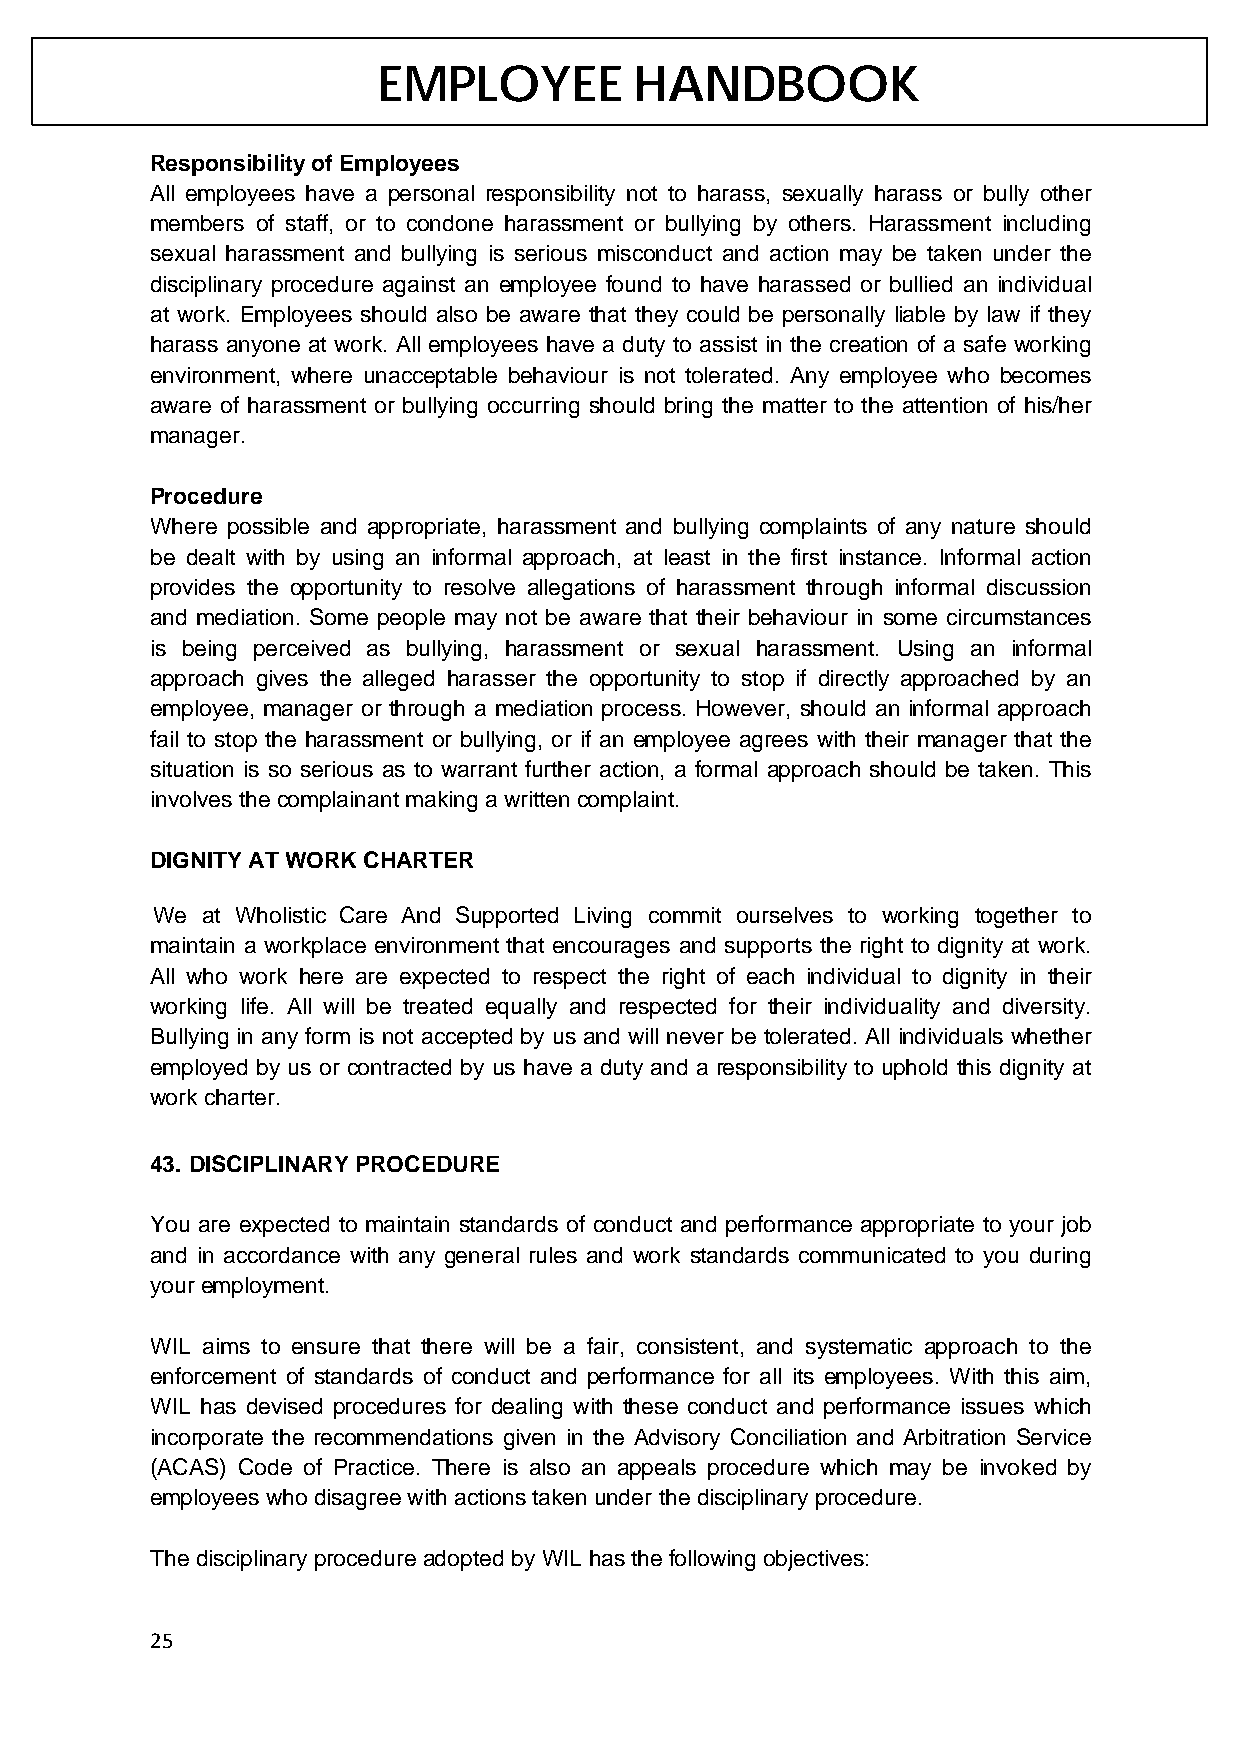
EMPLOYEE         HANDBOOK
 Responsibility of Employees
 All employees have a personal responsibility not to harass, sexually harass or bully other
 members of staff, or to condone harassment or bullying by others. Harassment including
 sexual harassment and bullying is serious misconduct and action may be taken under the
 disciplinary procedure against an employee found to have harassed or bullied an individual
 at work. Employees should also be aware that they could be personally liable by law if they
 harass anyone at work. All employees have a duty to assist in the creation of a safe working
 environment, where unacceptable behaviour is not tolerated. Any employee who becomes
 aware of harassment or bullying occurring should bring the matter to the attention of his/her
 manager.
 Procedure
 Where possible and appropriate, harassment and bullying complaints of any nature should
 be dealt with by using an informal approach, at least in the first instance. Informal action
 provides the opportunity to resolve allegations of harassment through informal discussion
 and mediation. Some people may not be aware that their behaviour in some circumstances
 is being perceived as bullying, harassment or sexual harassment. Using an informal
 approach gives the alleged harasser the opportunity to stop if directly approached by an
 employee, manager or through a mediation process. However, should an informal approach
 fail to stop the harassment or bullying, or if an employee agrees with their manager that the
 situation is so serious as to warrant further action, a formal approach should be taken. This
 involves the complainant making a written complaint.
 DIGNITY AT WORK CHARTER
 We at Wholistic Care And Supported Living commit ourselves to working together to
 maintain a workplace environment that encourages and supports the right to dignity at work.
 All who work here are expected to respect the right of each individual to dignity in their
 working life. All will be treated equally and respected for their individuality and diversity.
 Bullying in any form is not accepted by us and will never be tolerated. All individuals whether
 employed by us or contracted by us have a duty and a responsibility to uphold this dignity at
 work charter.
 43. DISCIPLINARY PROCEDURE
 You are expected to maintain standards of conduct and performance appropriate to your job
 and in accordance with any general rules and work standards communicated to you during
 your employment.
 WIL aims to ensure that there will be a fair, consistent, and systematic approach to the
 enforcement of standards of conduct and performance for all its employees. With this aim,
 WIL has devised procedures for dealing with these conduct and performance issues which
 incorporate the recommendations given in the Advisory Conciliation and Arbitration Service
 (ACAS) Code of Practice. There is also an appeals procedure which may be invoked by
 employees who disagree with actions taken under the disciplinary procedure.
 The disciplinary procedure adopted by WIL has the following objectives:
 25